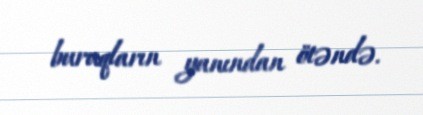
buruqların yanından ötəndə.